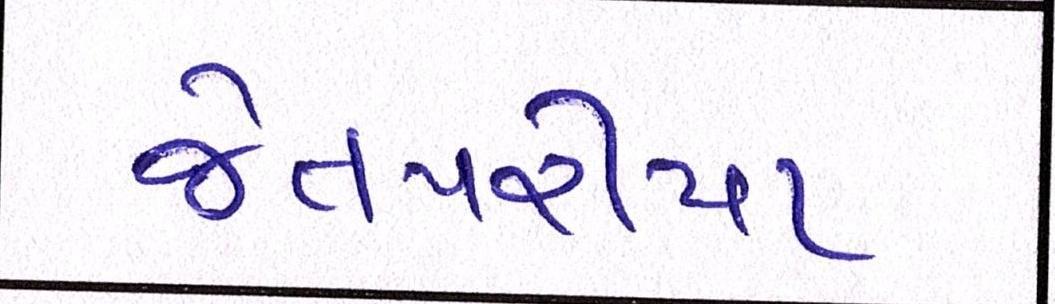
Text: જેતપરીયા